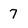
Character: 7